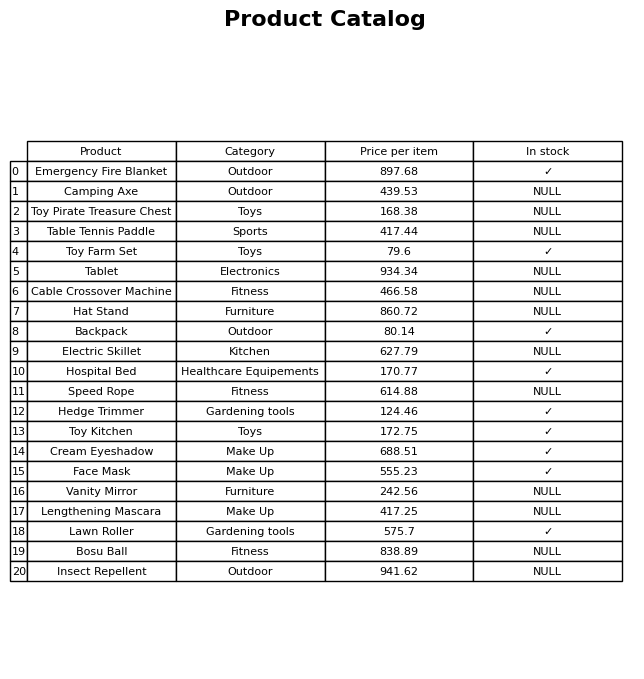
question: What is the price of the Hedge Trimmer?
answer: The price of Hedge Trimmer is 124.46.